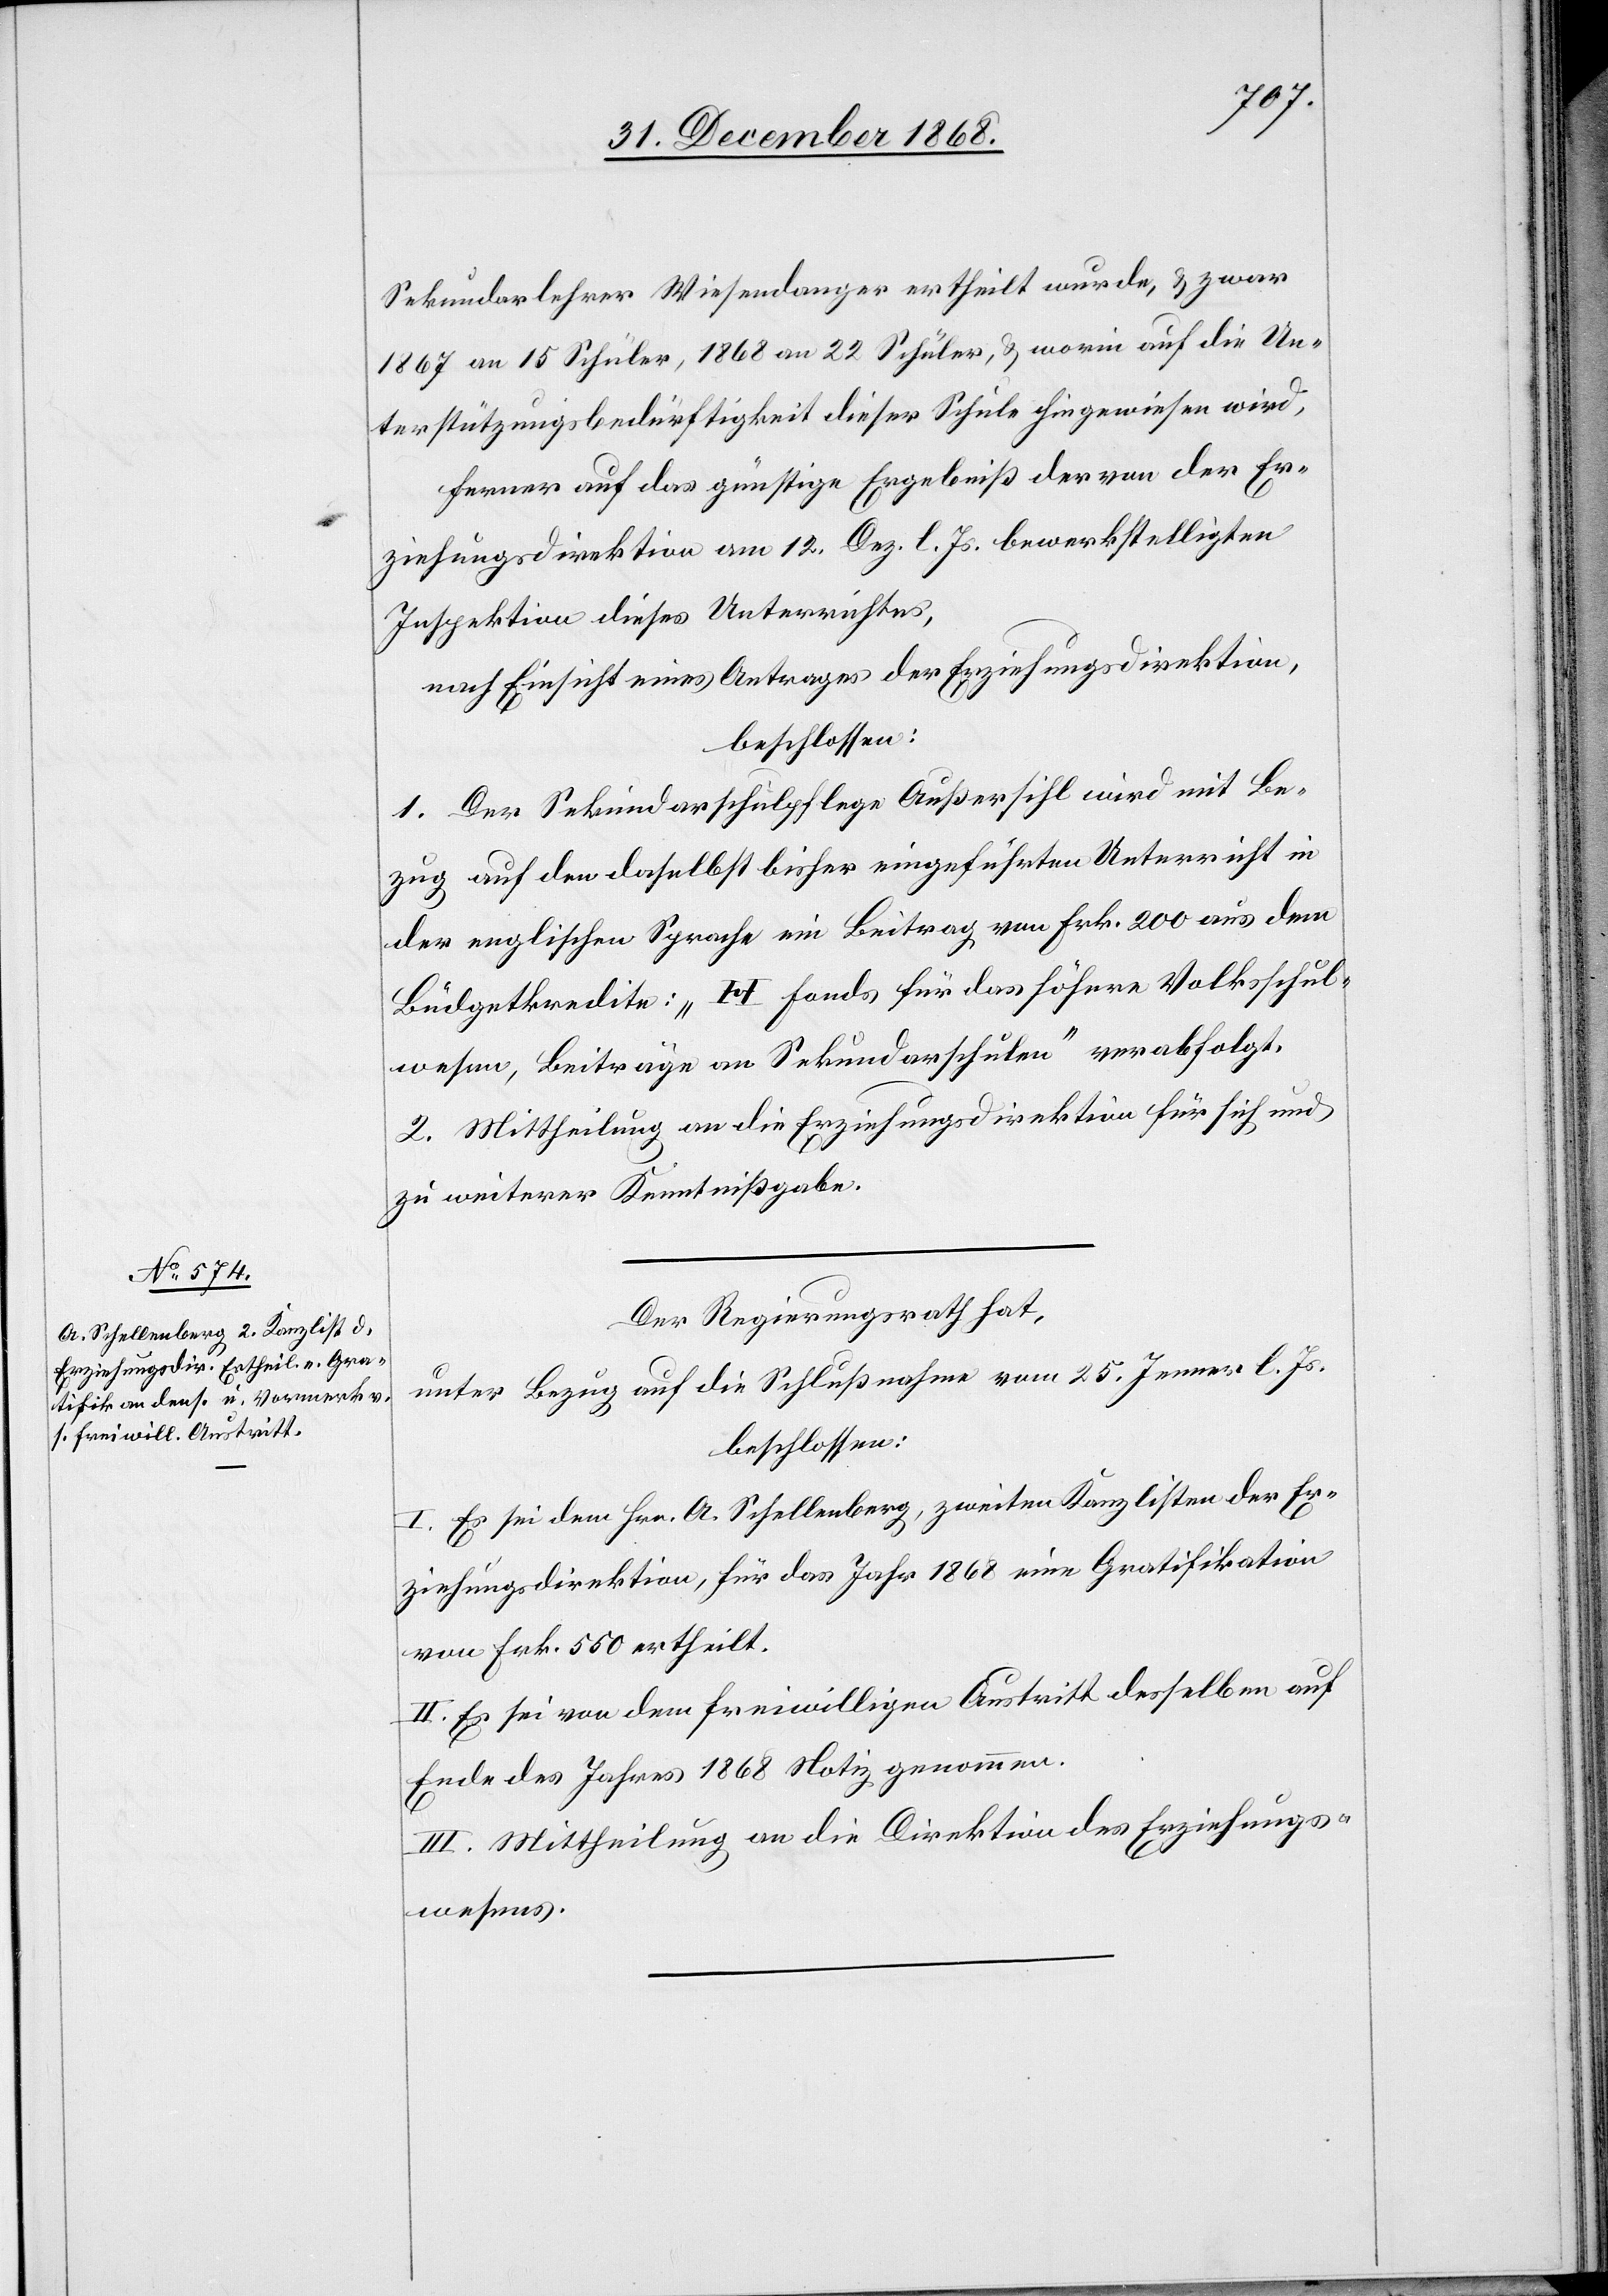
Sekundarlehrer Wiesendanger ertheilt wurde, & zwar
1867 an 15 Schüler, 1868 an 22 Schüler, & worin auf die Un¬
terstützungsbedürftigkeit dieser Schule hingewiesen wird,
ferner auf das günstige Ergebniß der von der Er¬
ziehungsdirektion am 12. Dez. l. Js. bewerkstelligten
Inspektion dieses Unterrichtes,
nach Einsicht eines Antrages der Erziehungsdirektion,
beschlossen:
1. Der Sekundarschulpflege Außersihl wird mit Be¬
zug auf den daselbst bisher eingeführten Unterricht in
der englischen Sprache ein Beitrag von Frk. 200 aus dem
Büdgetkredite: „H Fonds für das höhere Volksschul¬
wesen, Beiträge an Sekundarschulen“ verabfolgt.
2. Mittheilung an die Erziehungsdirektion für sich und
zu weiterer Kenntnißgabe.
Der Regierungsrath hat,
unter Bezug auf die Schlußnahme vom 25. Jenner l. Js.
beschlossen:
I. Es sei dem Hrn. A. Schellenberg, zweiten Kanzlisten der Er¬
ziehungsdirektion, für das Jahr 1868 eine Gratifikation
von Frk. 550 ertheilt.
II. Es sei von dem freiwilligen Austritt desselben auf
Ende des Jahres 1868 Notiz genommen.
III. Mittheilung an die Direktion des Erziehungs¬
wesens.